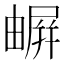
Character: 𡳧